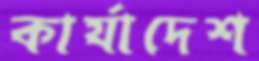
কার্যাদেশ